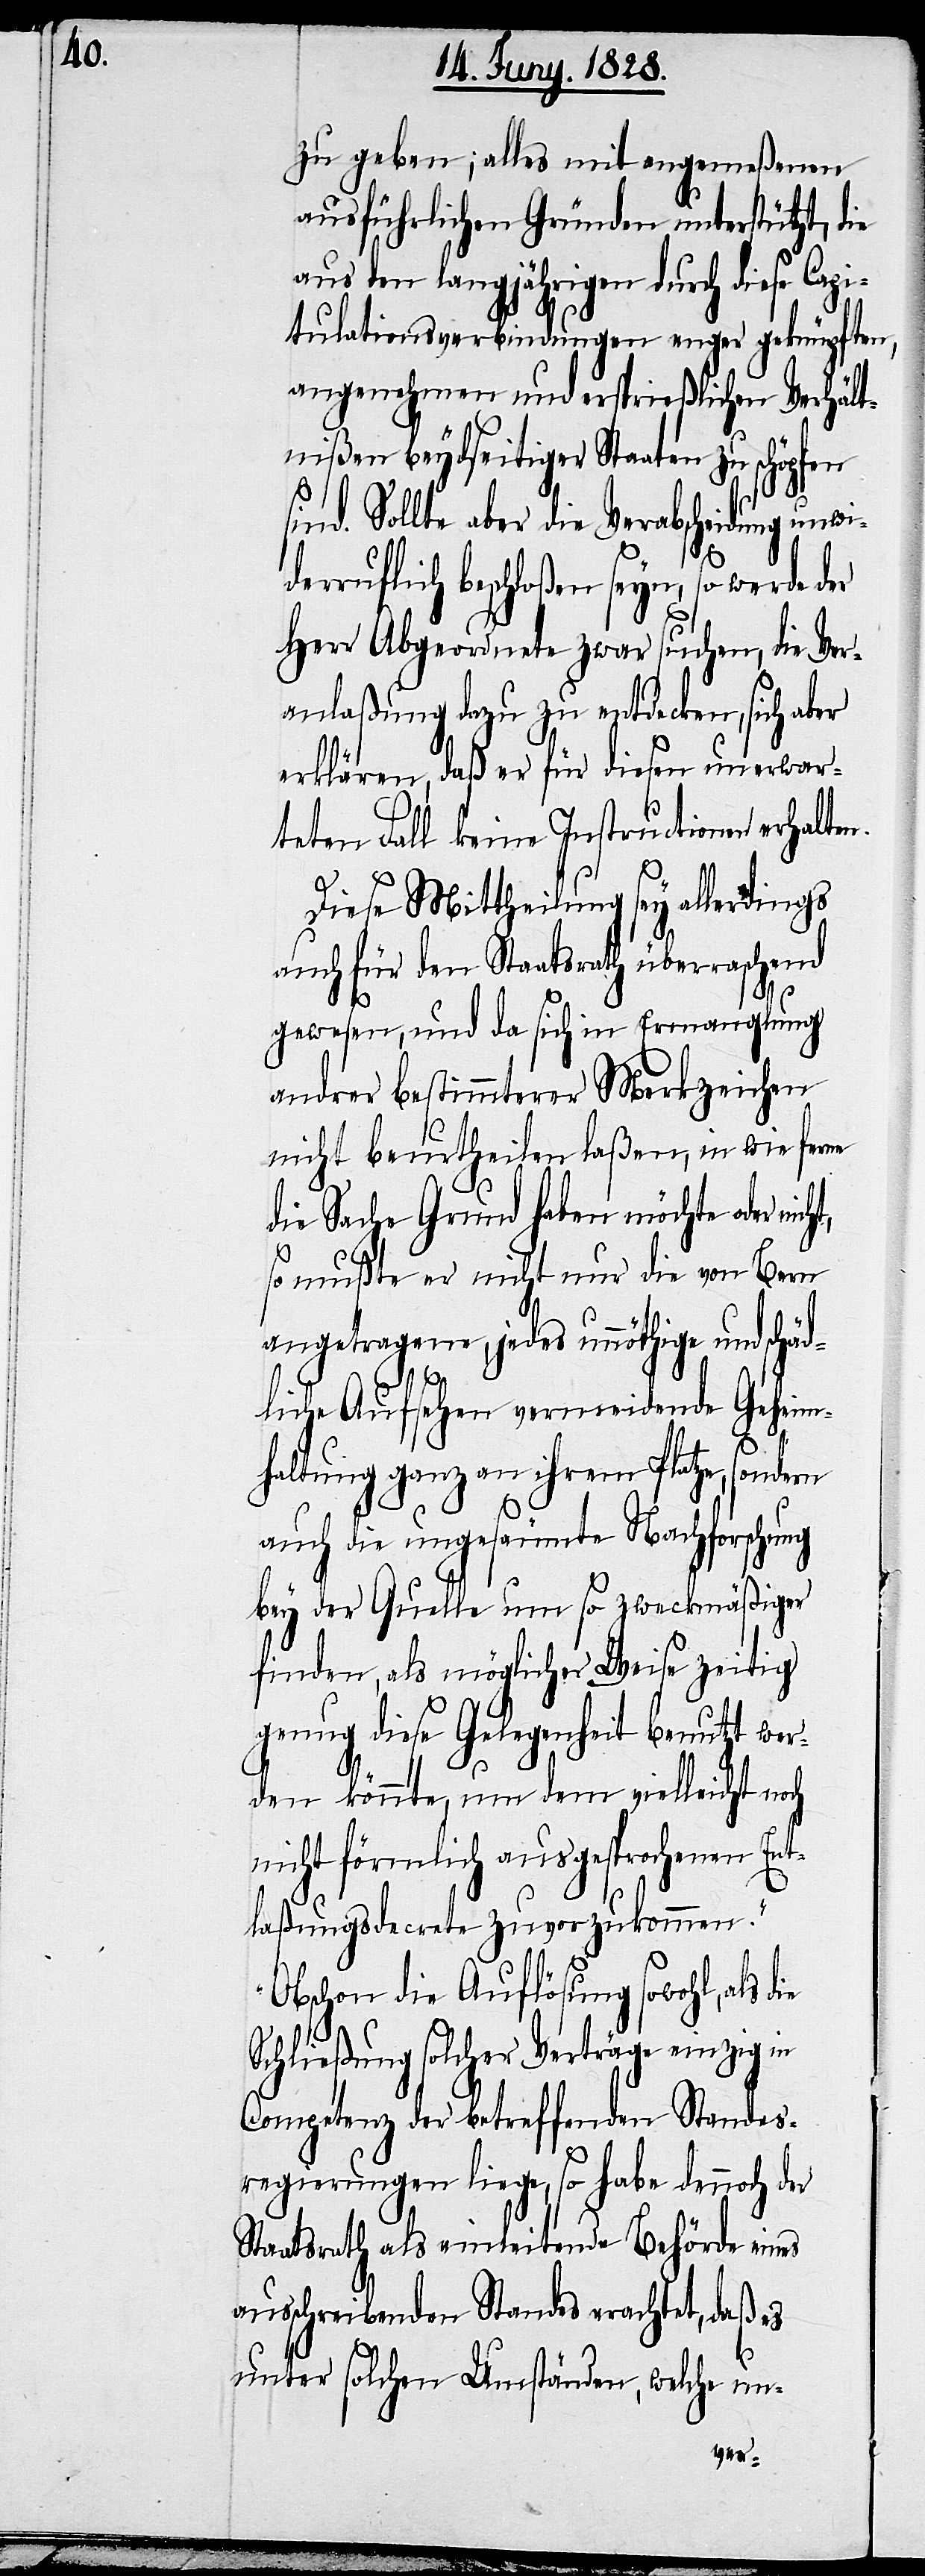
zu geben; alles mit angemeßenen
ausführlichen Gründen unterstützt, die
aus den langjährigen durch diese Capi¬
tulationsverbindungen enger geknüpften,
angenehmen und ersprießlichen Verhält¬
nißen beydseitiger Staaten zu schöpfen
sind. Sollte aber die Verabscheidung unwi¬
derruflich beschloßen seyn, so werde der
Herr Abgeordnete zwar suchen, die Ver¬
anlaßung dazu zu entdecken, sich aber
erklären, daß er für diesen unerwar¬
teten Fall keine Instructionen erhalten.
Diese Mittheilung sey allerdings
auch für den Staatsrath überraschend
gewesen, und da sich in Ermanglung
andrer bestimmterer Merkzeichen
nicht beurtheilen laßen, in wie ferne
die Sache Grund haben möchte oder nich¬
so mußte er nicht nur die von Bern
angetragene, jedes unnöthige und schäd¬
die
liche Aufsehen vermeidende Geheim¬
haltung ganz an ihrem Platze, sondern
auch die ungesäumte Nachforschung
bey der Quelle um so zweckmäßiger
finden, als möglicher Weise zeitig
genug diese Gelegenheit benutzt wer¬
den könnte, um dem vielleicht noch
nicht förmlich ausgesprochenen Ent¬
laßungsdecrete zuvorzukommen.“
„Obschon die Auflösung sowohl, als
Schließung solcher Verträge einzig in
Competenz der betreffenden Standes¬
regierungen liege, so habe dennoch der
Staatsrath als einleitende Behörde eines
ausschreibenden Standes erachtet, daß es
unter solchen Umstände, welche un-